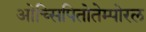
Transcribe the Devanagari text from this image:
ओच्सिपितोतेम्पोरल